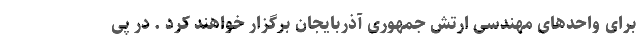
برای واحدهای مهندسی ارتش جمهوری آذربایجان برگزار خواهند کرد . در پی